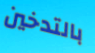
بالتدخين